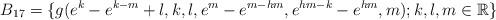
LaTeX: \begin{align*} B_{17}=\{g(e^{k}-e^{k-m}+l,k,l,e^{m}-e^{m-hm},e^{hm-k}-e^{hm},m); k, l, m \in \mathbb R\} \end{align*}